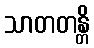
သာတတန္တိ